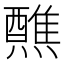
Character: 𬋕